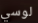
لوسي